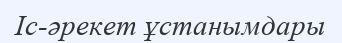
Іс-әрекет ұстанымдары